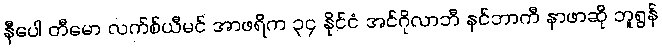
နီပေါ တီမော လက်စ်ယီမင် အာဖရိက ၃၄ နိုင်ငံ အင်ဂိုလာဘီ နင်ဘာကီ နာဖာဆို ဘူရွန်